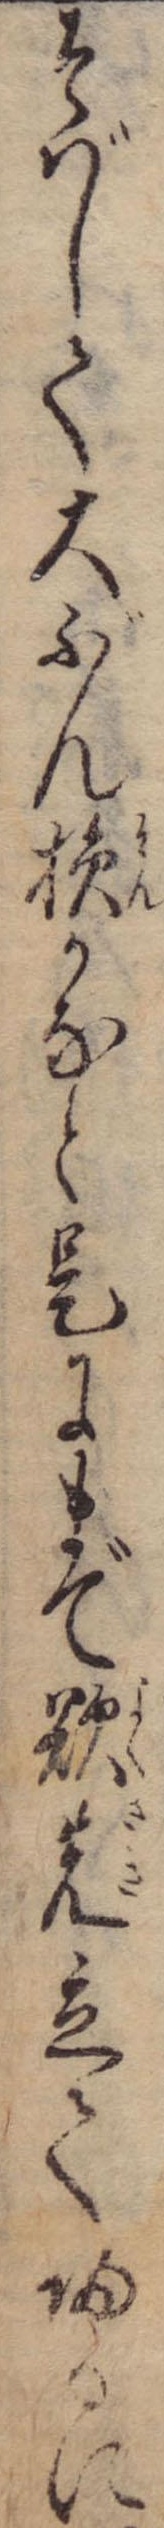
そばして大ぶん損かなと是にまで欲先立て帰るに